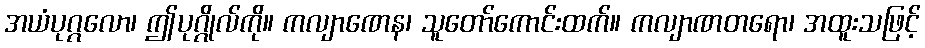
အယံပုဂ္ဂလော၊ ဤပုဂ္ဂိုလ်ကို။ ကလျာဏေန၊ သူတော်ကောင်းထက်။ ကလျာဏတရော၊ အထူးသဖြင့်